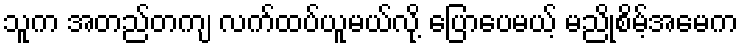
သူက အတည်တကျ လက်ထပ်ယူမယ်လို့ ပြောပေမယ့် မညိုစိမ့်အမေက